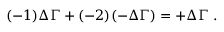
( - 1 ) \Delta \Gamma + ( - 2 ) ( - \Delta \Gamma ) = + \Delta \Gamma \; .